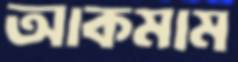
আকমাম